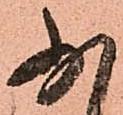
少